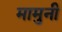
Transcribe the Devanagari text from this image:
मामुनी